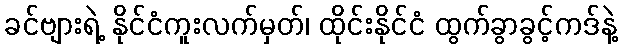
ခင်ဗျားရဲ့ နိုင်ငံကူးလက်မှတ်၊ ထိုင်းနိုင်ငံ ထွက်ခွာခွင့်ကဒ်နဲ့